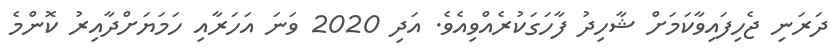
ދަރަނި ޖެހިފައިވާކަމަށް ޝާހިދު ފާހަގަކުރެއްވިއެވެ. އަދި 2020 ވަނަ އަހަރާއި ހަމަޔަށްދާއިރު ކޮންމެ